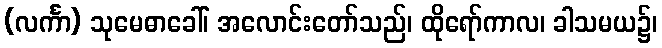
(လင်္ကာ) သုမေဓာခေါ်၊ အလောင်းတော်သည်၊ ထိုရော်ကာလ၊ ခါသမယ၌၊